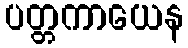
ပတ္တကာယေန